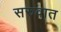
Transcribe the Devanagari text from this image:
सरुवात